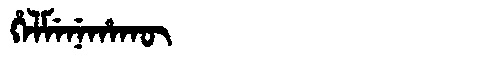
Manchu: ᡥᡝᠯᠮᡝᠨᡝᡥᠠᡴᡡ
Romanization: HELMENEHAKŪ